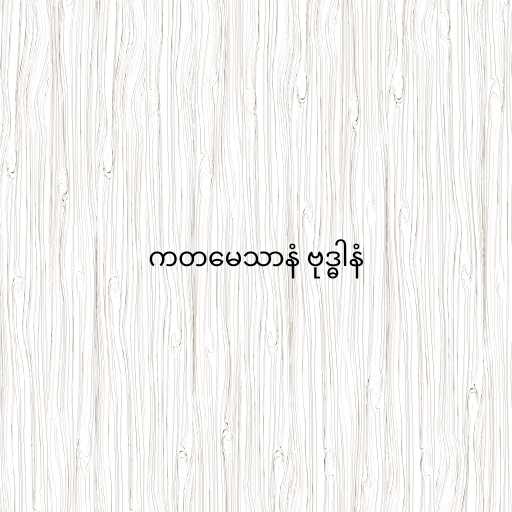
ကတမေသာနံ ဗုဒ္ဓါနံ